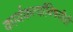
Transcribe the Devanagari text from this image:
कार्यकर्त्यांविषयीही